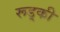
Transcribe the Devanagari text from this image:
रूड़्की